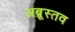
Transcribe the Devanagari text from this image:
अब्रूस्तव